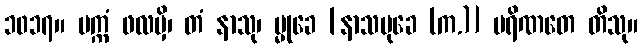
၁၀၁၇။ ပက္ကံ ဖလမှိ၊ တံ နာသု၊ မ္မုခေ [နာသမုခေ (က.)] ပရိဏတေ တိသု။